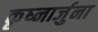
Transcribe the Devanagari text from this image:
कृष्नार्जुना